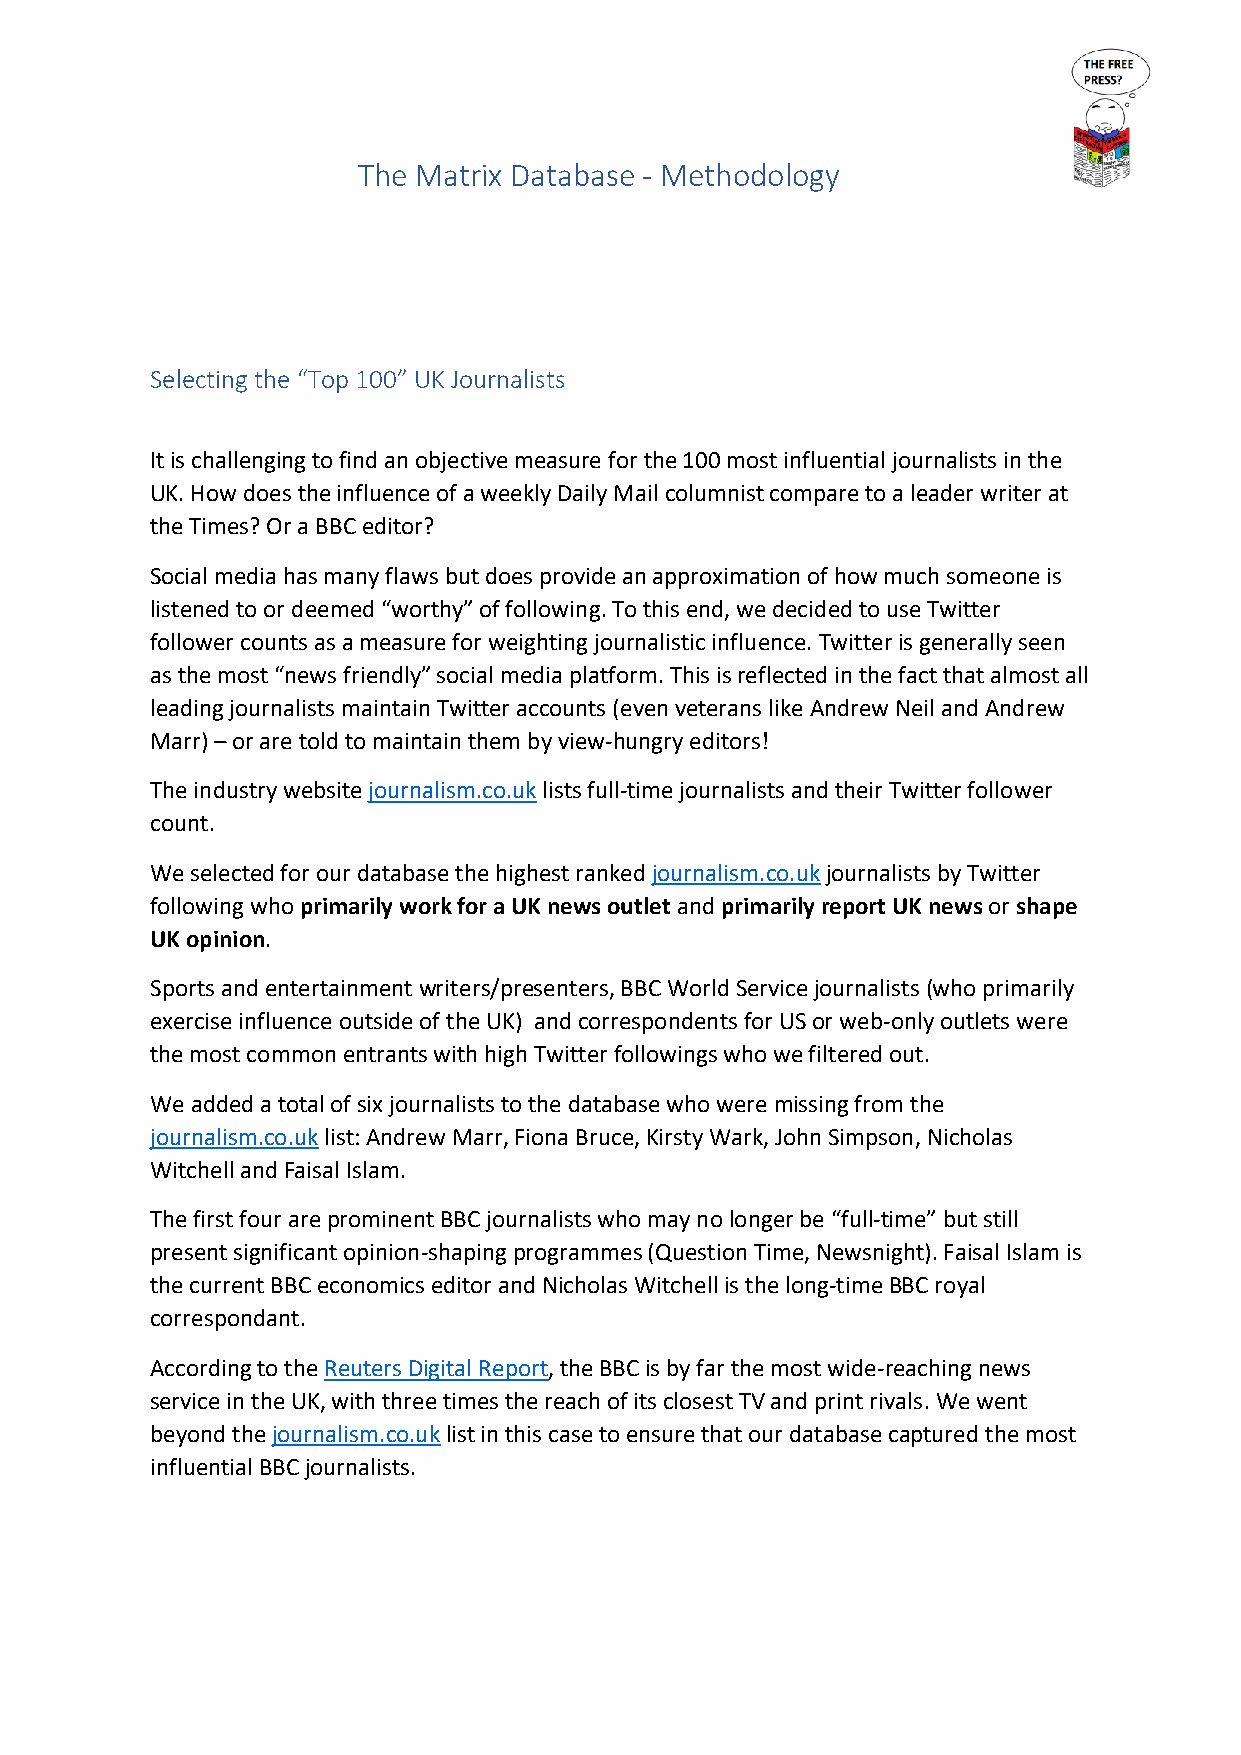
The Matrix Database - Methodology
 Selecting the “Top 100” UK Journalists
 It is challenging to find an objective measure for the 100 most influential journalists in the
 UK. How does the influence of a weekly Daily Mail columnist compare to a leader writer at
 the Times? Or a BBC editor?
 Social media has many flaws but does provide an approximation of how much someone is
 listened to or deemed “worthy” of following. To this end, we decided to use Twitter
 follower counts as a measure for weighting journalistic influence. Twitter is generally seen
 as the most “news friendly” social media platform. This is reflected in the fact that almost all
 leading journalists maintain Twitter accounts (even veterans like Andrew Neil and Andrew
 Marr) – or are told to maintain them by view-hungry editors!
 The industry website journalism.co.uk lists full-time journalists and their Twitter follower
 count.
 We selected for our database the highest ranked journalism.co.uk journalists by Twitter
 following who primarily work for a UK news outlet and primarily report UK news or shape
 UK opinion.
 Sports and entertainment writers/presenters, BBC World Service journalists (who primarily
 exercise influence outside of the UK) and correspondents for US or web-only outlets were
 the most common entrants with high Twitter followings who we filtered out.
 We added a total of six journalists to the database who were missing from the
 journalism.co.uk list: Andrew Marr, Fiona Bruce, Kirsty Wark, John Simpson, Nicholas
 Witchell and Faisal Islam.
 The first four are prominent BBC journalists who may no longer be “full-time” but still
 present significant opinion-shaping programmes (Question Time, Newsnight). Faisal Islam is
 the current BBC economics editor and Nicholas Witchell is the long-time BBC royal
 correspondant.
 According to the Reuters Digital Report, the BBC is by far the most wide-reaching news
 service in the UK, with three times the reach of its closest TV and print rivals. We went
 beyond the journalism.co.uk list in this case to ensure that our database captured the most
 influential BBC journalists.